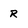
Character: r